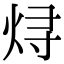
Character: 𬊈